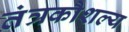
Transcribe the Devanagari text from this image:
तंत्रकौशल्य